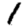
Digit: 1